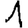
Digit: 1